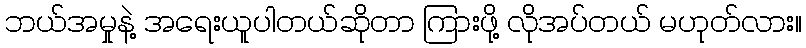
ဘယ်အမှုနဲ့ အရေးယူပါတယ်ဆိုတာ ကြားဖို့ လိုအပ်တယ် မဟုတ်လား။